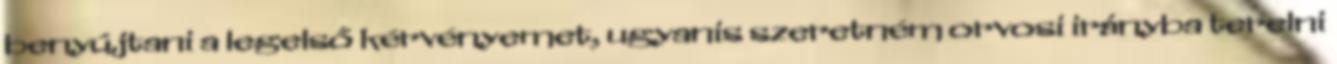
benyújtani a legelső kérvényemet, ugyanis szeretném orvosi irányba terelni